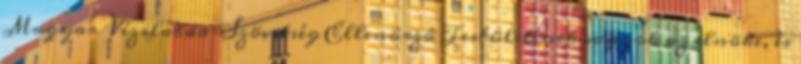
Magyar Vízilabda Szövetség Ellenôrzô Testületének vagyok az elnöke, és